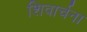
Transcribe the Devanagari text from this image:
शिवार्चना